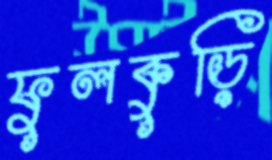
ফুলকুড়ি